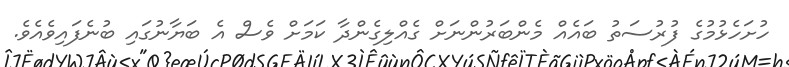
ހުށަހެޅުމުގެ ފުރުސަތު ބައެއް މެންބަރުންނަށް ގެއްލިގެންދާ ކަމަށް ވެސް އެ ބަޔާނުގައި ބުނެފައިވެއެވެ.